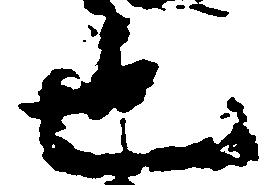
也